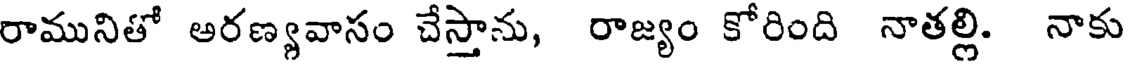
రామునితో ఆరణ్యవాసం చేస్తాను, రాజ్యం కోరింది నాతల్లి. నాకు